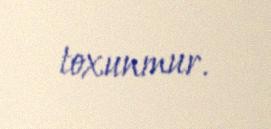
toxunmur.